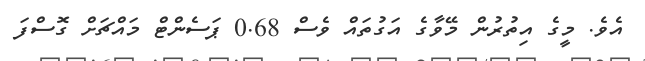
އެވެ. މީގެ އިތުރުން މޭވާގެ އަގުތައް ވެސް 0.68 ޕަސެންޓް މައްޗަށް ގޮސްފަ